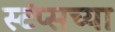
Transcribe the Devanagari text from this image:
स्टंप्सच्या